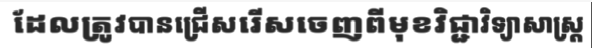
ដែលត្រូវបានជ្រើសរើសចេញពីមុខវិជ្ជាវិទ្យាសាស្ត្រ